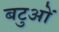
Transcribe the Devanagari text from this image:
बटुओं